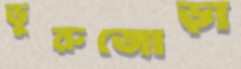
ভুরুজোড়া